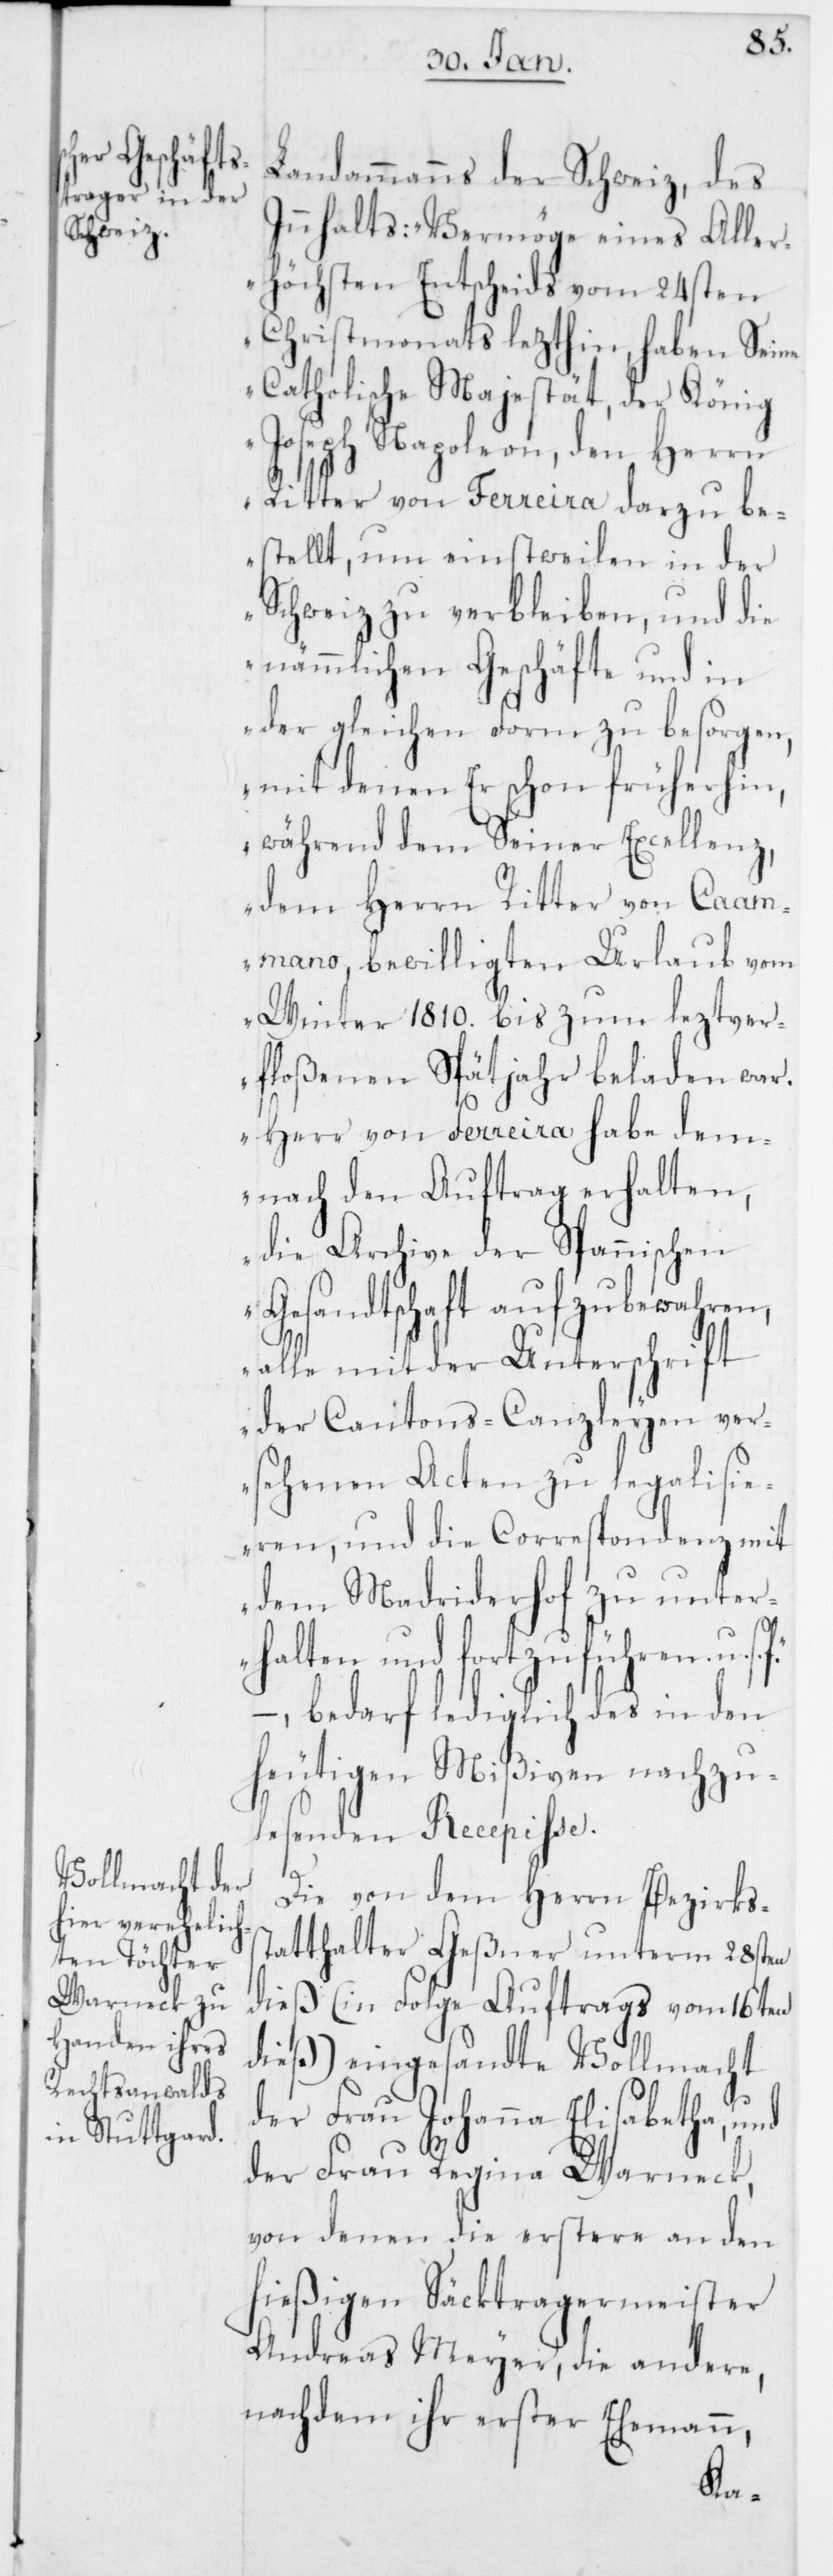
Landammanns der Schweiz, des
Innhalts: „Vermöge eines Aller¬
höchsten Entscheids vom 24sten
Christmonats lezthin, haben Seine
Catholische Majestät, der König
Joseph Napoleon, den Herrn
Ritter von Ferreira darzu be¬
stellt, um einstweilen in der
Schweiz zu verbleiben, und die
nämmlichen Geschäfte und in
der gleichen Form zu besorgen,
mit denen Er schon früherhin,
während dem Seiner Excellenz,
dem Herrn Ritter von Caam¬
mano bewilligten Urlaub vom
Winter 1810. bis zum leztver¬
floßenen Spätjahr beladen war.
Herr von Ferreira habe dem¬
nach den Auftrag erhalten,
die Archive der Spannischen
Gesandtschaft aufzubewahren,
alle mit der Unterschrift
der Cantons-Canzleyen ver¬
sehenen Acten zu legalisie¬
ren, und die Correspondenz mit
dem Madriderhof zu unter¬
halten und fortzuführen, u. s.
– bedarf lediglich des in den
heutigen Mißiven nachzu¬
lesenden Recepiße.
Die von dem Herrn Bezirkss¬
tatthalter Geßner unterm 28sten
dieß (in Folge Auftrags vom 16ten
dieß) eingesandte Vollmacht
der Frau Johanna Elisabetha, und
der Frau Regina Warneck,
von denen die erstere an den
hießigen Säcktragermeister
Andreas Meyer, die andere,
nachdem ihr erster Ehemann,